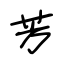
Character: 芳